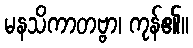
မနသိကာတဗ္ဗာ၊ ကုန်၏။